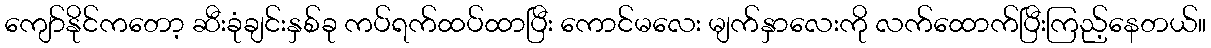
ကျော်နိုင်ကတော့ ဆီးခုံချင်းနှစ်ခု ကပ်ရက်ထပ်ထာပြီး ကောင်မလေး မျက်နှာလေးကို လက်ထောက်ပြီးကြည့်နေတယ်။